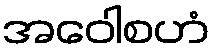
အဝေါစဟံ